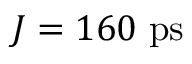
J = 1 6 0 ~ \mathrm { p s }